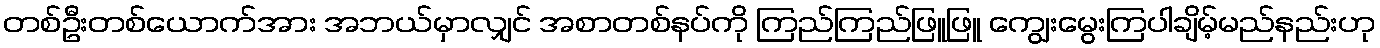
တစ်ဦးတစ်ယောက်အား အဘယ်မှာလျှင် အစာတစ်နပ်ကို ကြည်ကြည်ဖြူဖြူ ကျွေးမွေးကြပါချိမ့်မည်နည်းဟု